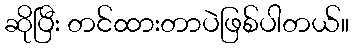
ဆိုပြီး တင်ထားတာပဲဖြစ်ပါတယ်။